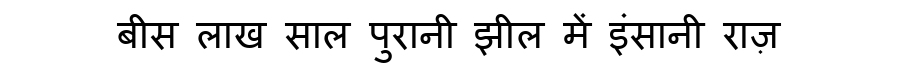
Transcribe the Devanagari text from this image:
बीस लाख साल पुरानी झील में इंसानी राज़